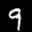
Label: 9